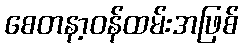
စေတနာ့ဝန်ထမ်းအဖြစ်